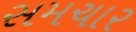
સમચાર